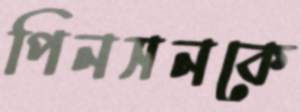
পিনসনকে